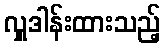
လှူဒါန်းထားသည့်